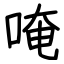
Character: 唵